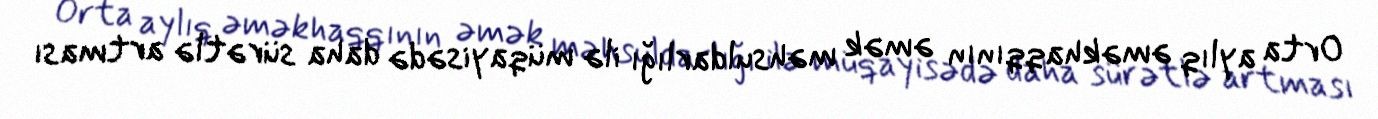
Orta aylıq əməkhaqqının əmək məhsuldarlığı ilə müqayisədə daha sürətlə artması